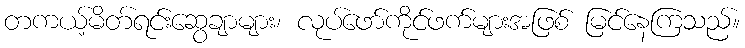
တကယ့်မိတ်ရင်းဆွေချာများ၊ လုပ်ဖော်ကိုင်ဖက်များအဖြစ် မြင်နေကြသည်။